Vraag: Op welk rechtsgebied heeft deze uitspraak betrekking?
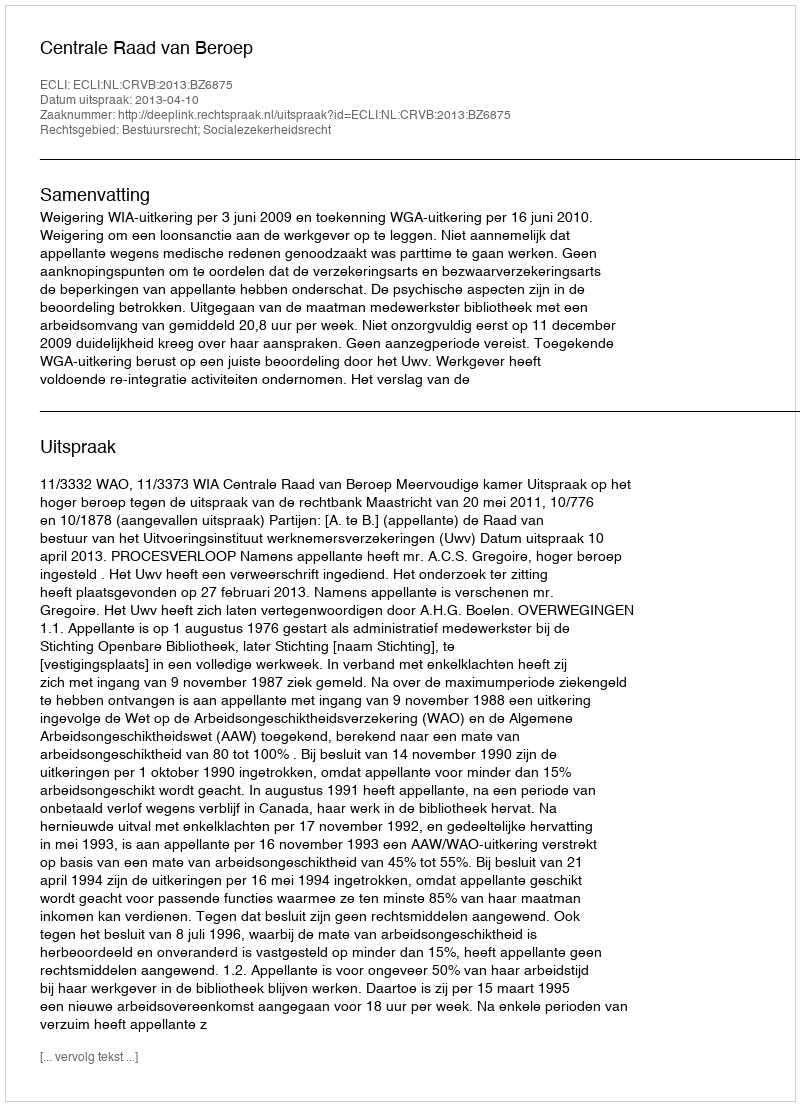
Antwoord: Bestuursrecht; Socialezekerheidsrecht